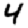
Digit: 4